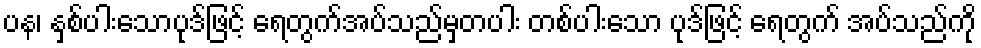
ပန၊ နှစ်ပါးသောပုဒ်ဖြင့် ရေတွက်အပ်သည်မှတပါး တစ်ပါးသော ပုဒ်ဖြင့် ရေတွက် အပ်သည်ကို